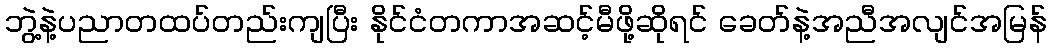
ဘွဲ့နဲ့ပညာတထပ်တည်းကျပြီး နိုင်ငံတကာအဆင့်မီဖို့ဆိုရင် ခေတ်နဲ့အညီအလျင်အမြန်